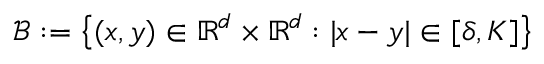
\mathcal { B } : = \left\{ ( x , y ) \in \mathbb { R } ^ { d } \times \mathbb { R } ^ { d } : | x - y | \in [ \delta , K ] \right\}